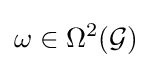
\omega \in \Omega ^{2}({\mathcal {G}})